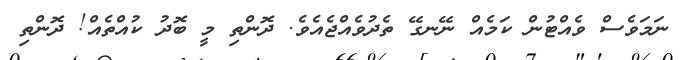
ނަމަވެސް ވެއްޓުން ކަމެއް ނޭނގޭ ތެދުވެއްޖެއެވެ. ދޮންތި މީ ބޮދު ކުއްތެއް! ދޮންތި